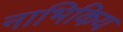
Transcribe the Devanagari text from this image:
नाभिकिय